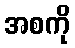
အစကို